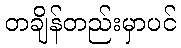
တချိန်တည်းမှာပင်